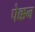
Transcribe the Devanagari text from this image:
पेक्कन